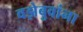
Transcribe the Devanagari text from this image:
वझेबुवांना